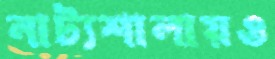
নাট্যশালায়ও